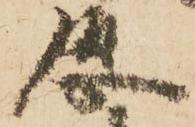
恐